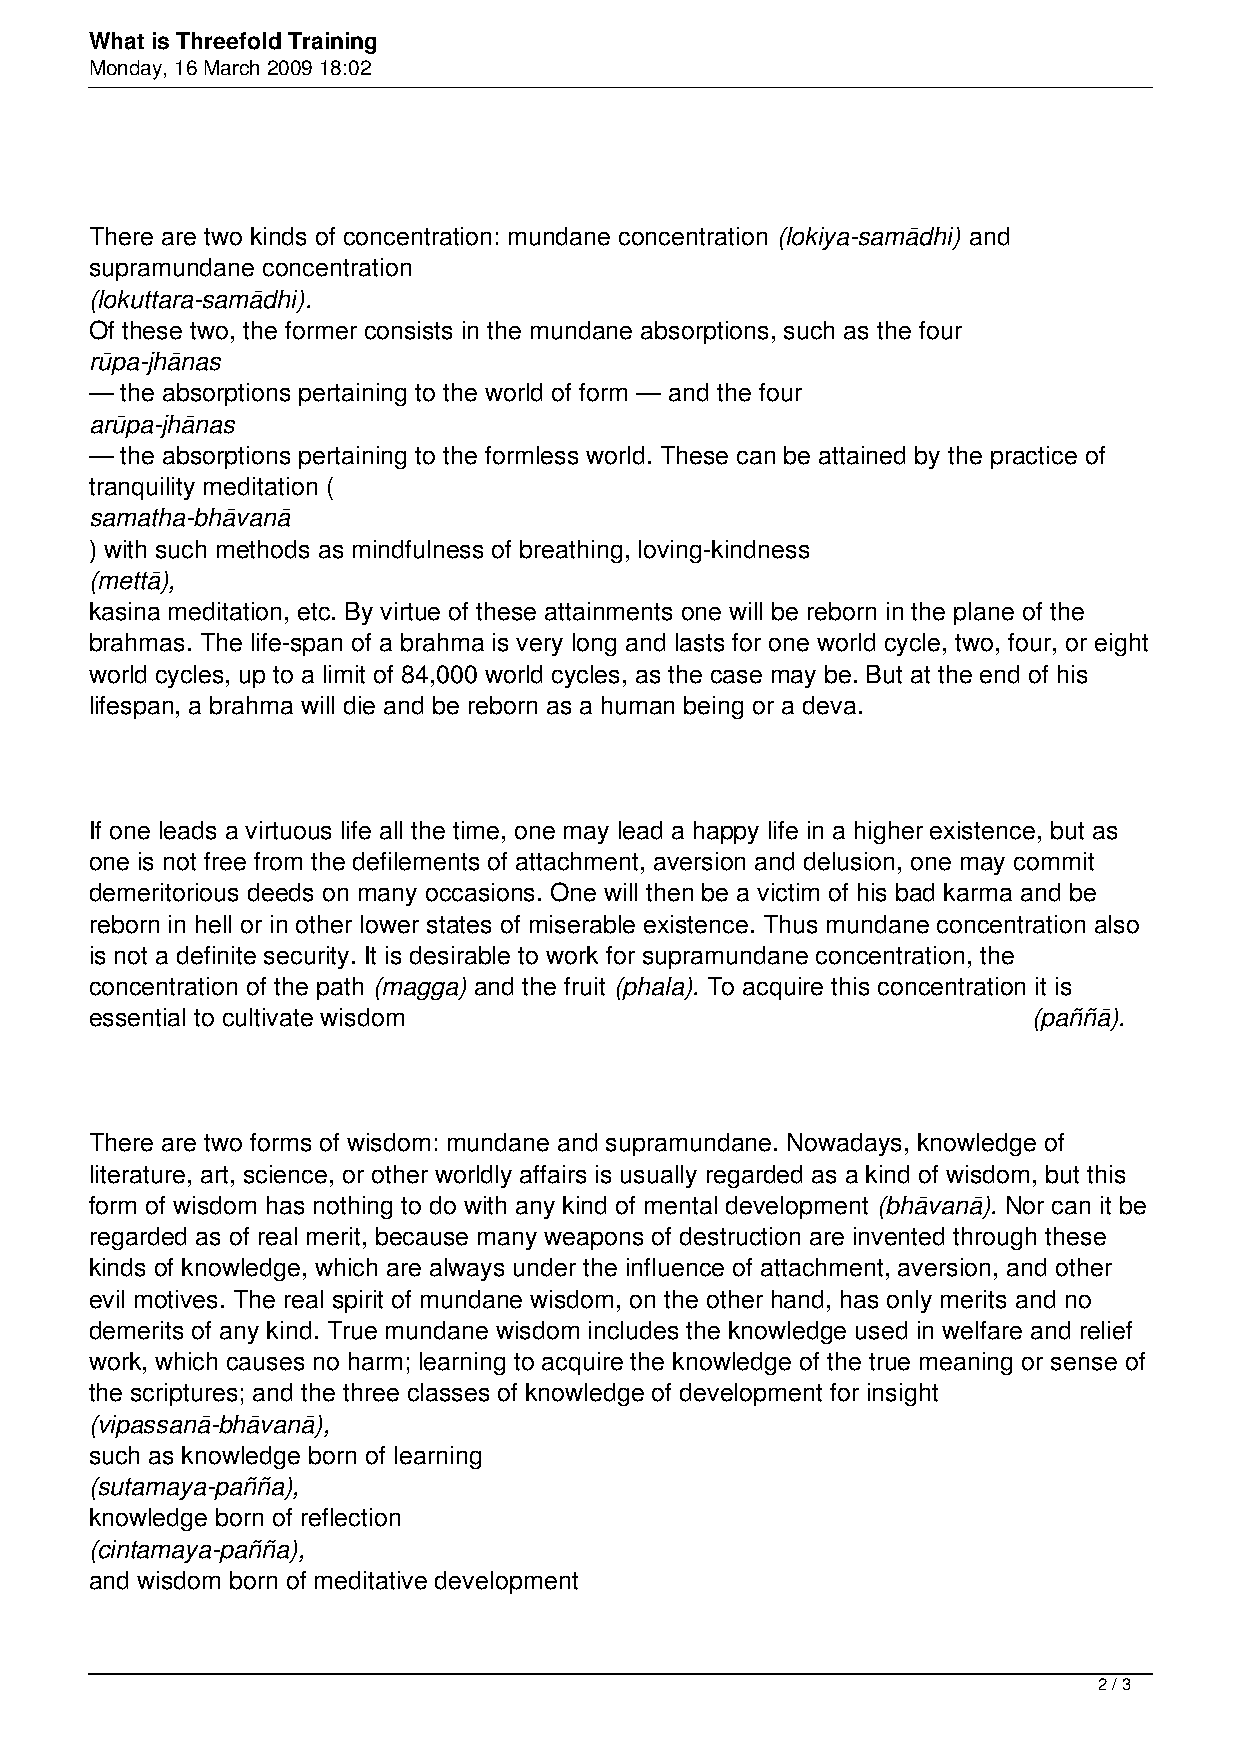
What is Threefold Training
 Monday, 16 March 2009 18:02
 There are two kinds of concentration: mundane concentration (lokiya-samādhi) and
 supramundane concentration
 (lokuttara-samādhi).
 Of these two, the former consists in the mundane absorptions, such as the four
 rūpa-jhānas
 — the absorptions pertaining to the world of form — and the four
 arūpa-jhānas
 — the absorptions pertaining to the formless world. These can be attained by the practice of
 tranquility meditation (
 samatha-bhāvanā
 ) with such methods as mindfulness of breathing, loving-kindness
 (mettā),
 kasina meditation, etc. By virtue of these attainments one will be reborn in the plane of the
 brahmas. The life-span of a brahma is very long and lasts for one world cycle, two, four, or eight
 world cycles, up to a limit of 84,000 world cycles, as the case may be. But at the end of his
 lifespan, a brahma will die and be reborn as a human being or a deva.
 If one leads a virtuous life all the time, one may lead a happy life in a higher existence, but as
 one is not free from the defilements of attachment, aversion and delusion, one may commit
 demeritorious deeds on many occasions. One will then be a victim of his bad karma and be
 reborn in hell or in other lower states of miserable existence. Thus mundane concentration also
 is not a definite security. It is desirable to work for supramundane concentration, the
 concentration of the path (magga) and the fruit (phala). To acquire this concentration it is
 essential to cultivate wisdom                                 (paññā).
 There are two forms of wisdom: mundane and supramundane. Nowadays, knowledge of
 literature, art, science, or other worldly affairs is usually regarded as a kind of wisdom, but this
 form of wisdom has nothing to do with any kind of mental development (bhāvanā). Nor can it be
 regarded as of real merit, because many weapons of destruction are invented through these
 kinds of knowledge, which are always under the influence of attachment, aversion, and other
 evil motives. The real spirit of mundane wisdom, on the other hand, has only merits and no
 demerits of any kind. True mundane wisdom includes the knowledge used in welfare and relief
 work, which causes no harm; learning to acquire the knowledge of the true meaning or sense of
 the scriptures; and the three classes of knowledge of development for insight
 (vipassanā-bhāvanā),
 such as knowledge born of learning
 (sutamaya-pañña),
 knowledge born of reflection
 (cintamaya-pañña),
 and wisdom born of meditative development
 2 / 3